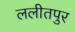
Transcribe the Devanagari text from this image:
ललीतपुर